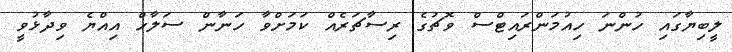
ލީބިޔާގައި ހުންނަ ހިއުމަންރައިޓްސް ވޮޗުގެ ރިސާޗަރެއް ކަމަށްވާ ހަނާން ސަލާހް އިއްޔެ ވިދާޅުވީ